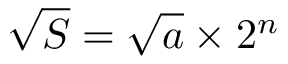
{ \sqrt { S } } = { \sqrt { a } } \times 2 ^ { n }